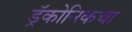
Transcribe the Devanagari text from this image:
ड्रॅकोनिकचा